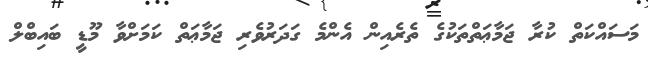
މަސައްކަތް ކުރާ ޖަމާޢަތްތަކުގެ ތެރެއިން އެންމެ ގަދަރުވެރި ޖަމާޢަތް ކަމަށްވާ މޫޑީ ބައިބްލް